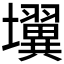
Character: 𰋄